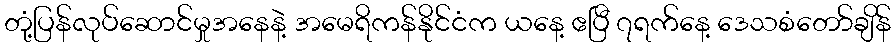
တုံ့ပြန်လုပ်ဆောင်မှုအနေနဲ့ အမေရိကန်နိုင်ငံက ယနေ့ ဧပြီ ၇ရက်နေ့ ဒေသစံတော်ချိန်